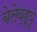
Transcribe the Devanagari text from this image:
बेलेव्ह्यू